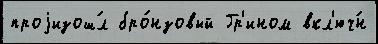
проjизош́л бро́нзовый Гр'ином вкл'юч́н